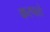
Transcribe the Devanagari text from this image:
करपले